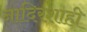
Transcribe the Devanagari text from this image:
नादिरशाही